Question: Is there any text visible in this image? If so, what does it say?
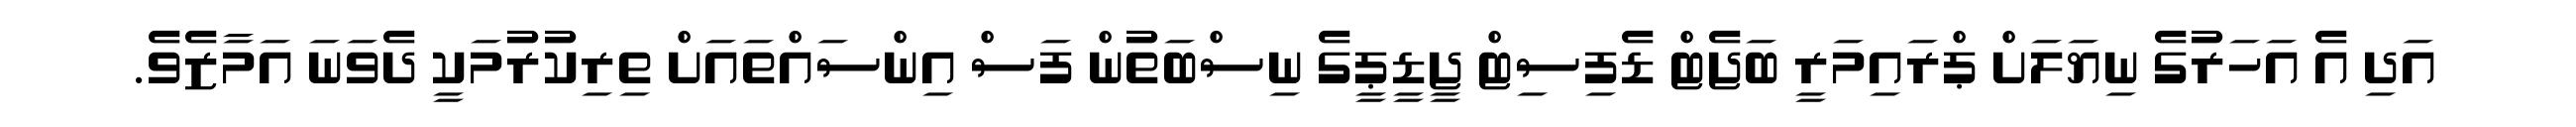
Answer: އަދި އެ އަހަރުގެ ނިޔަލަށް ޕްރައިމަރީ ބަޖެޓް ޑެފިސިޓް ޖީޑީޕީގެ ނިސްބަތުން ފަސް އިންސައްތައަށް ތިރިކުރުމަކީ ދެވަނަ އަމާޒެވެ.